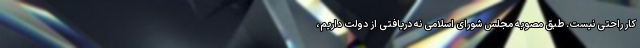
کار راحتی نیست. طبق مصوبه مجلس شورای اسلامی نه دریافتی از دولت داریم،